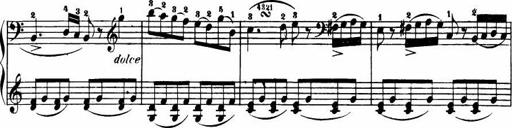
Title: Le bouquetier
Composer: Anton Diabelli
Key: G major
 C major
 F major
 C major